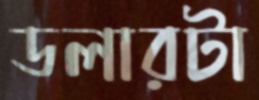
ডলারটা